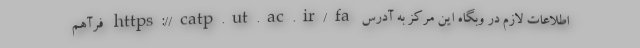
اطلاعات لازم در وبگاه این مرکز به آدرس https://catp.ut.ac.ir/fa فرآهم